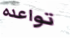
تواعده